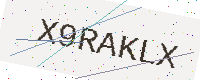
Text: X9RAKLX